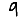
Digit: 9